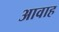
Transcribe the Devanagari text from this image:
आवाह